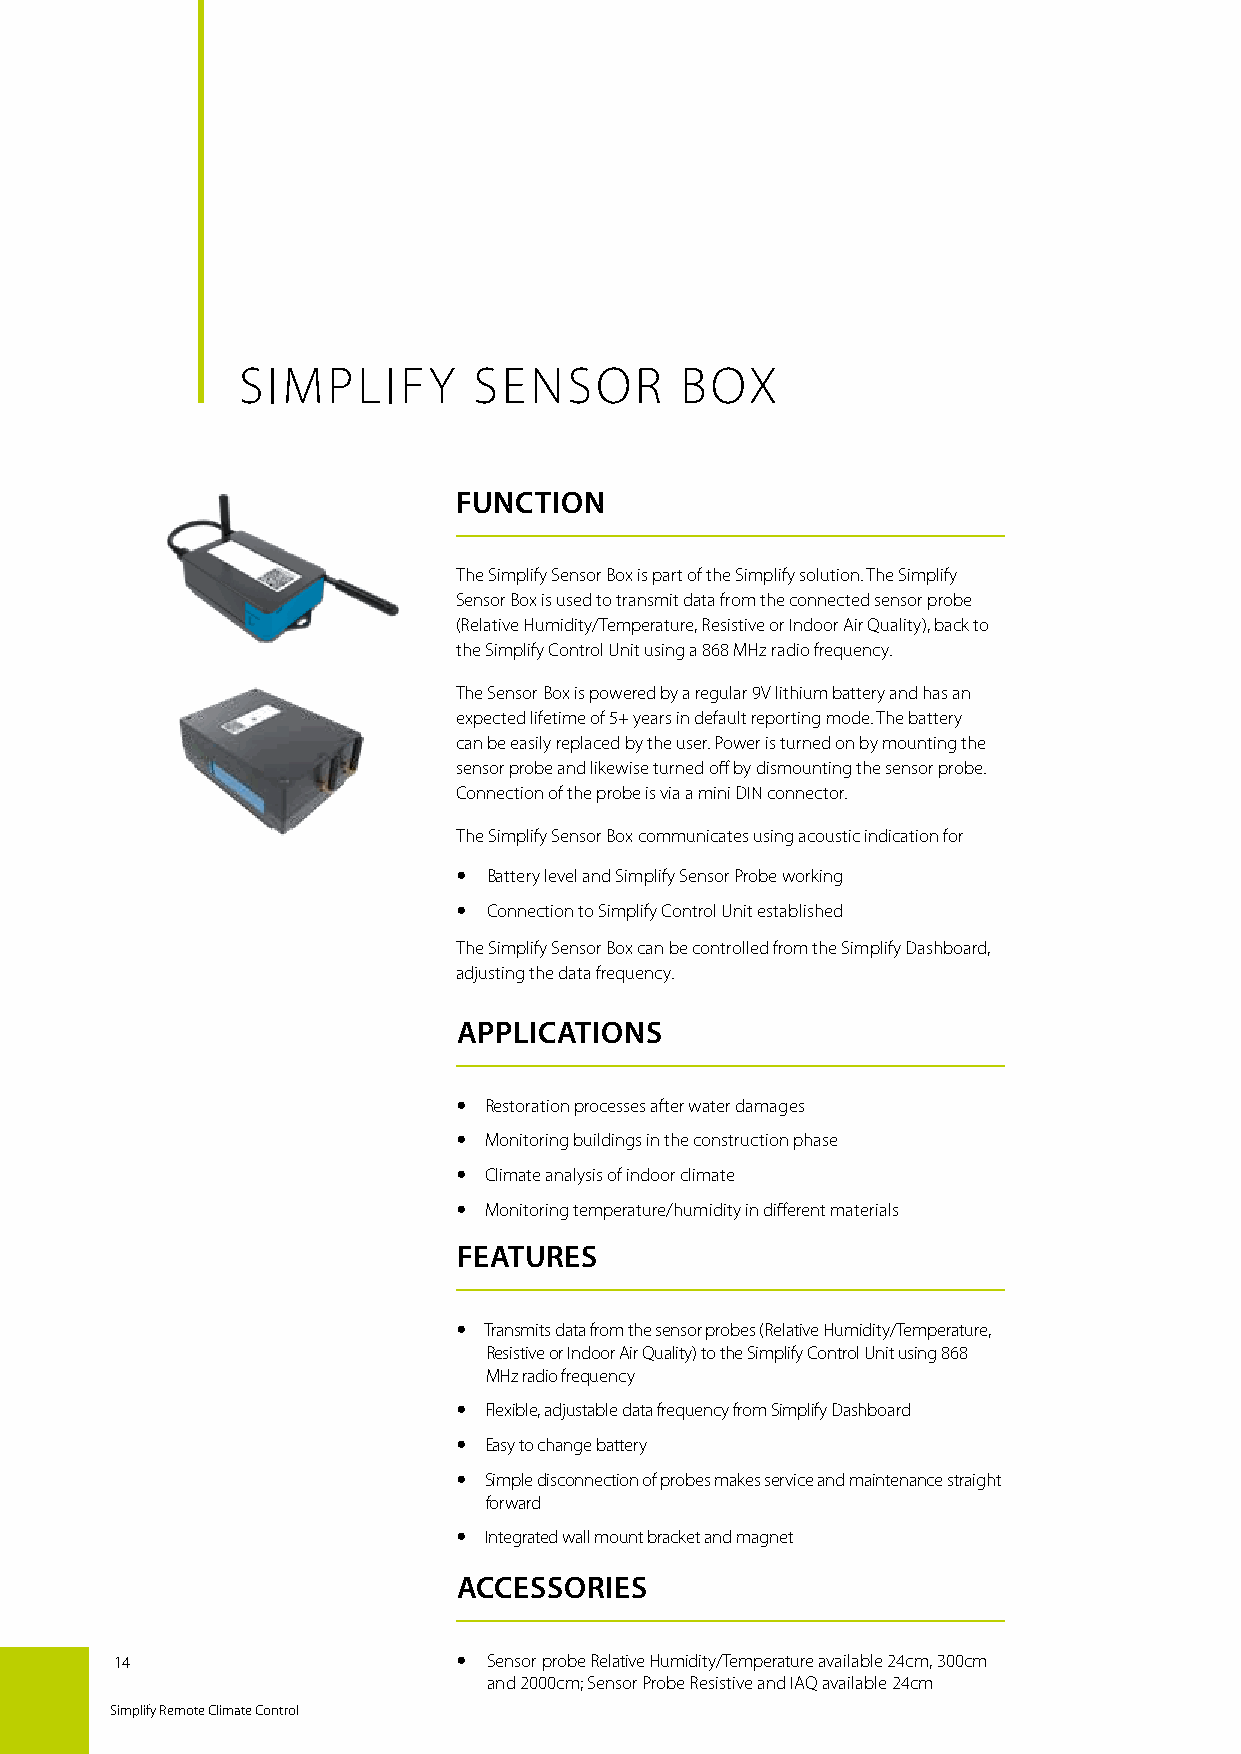
SIMPLIFY       SENSOR        BOX
 FUNCTION
 The Simplify Sensor Box is part of the Simplify solution. The Simplify
 Sensor Box is used to transmit data from the connected sensor probe
 (Relative Humidity/Temperature, Resistive or Indoor Air Quality), back to
 the Simplify Control Unit using a 868 MHz radio frequency.
 The Sensor Box is powered by a regular 9V lithium battery and has an
 expected lifetime of 5+ years in default reporting mode. The battery
 can be easily replaced by the user. Power is turned on by mounting the
 sensor probe and likewise turned off by dismounting the sensor probe.
 Connection of the probe is via a mini DIN connector.
 The Simplify Sensor Box communicates using acoustic indication for
  Battery level and Simplify Sensor Probe working
  Connection to Simplify Control Unit established
 The Simplify Sensor Box can be controlled from the Simplify Dashboard,
 adjusting the data frequency.
 APPLICATIONS
  Restoration processes after water damages
  Monitoring buildings in the construction phase
  Climate analysis of indoor climate
  Monitoring temperature/humidity in different materials
 FEATURES
  Transmits data from the sensor probes (Relative Humidity/Temperature,
 Resistive or Indoor Air Quality) to the Simplify Control Unit using 868
 MHz radio frequency
  F lexible, adjustable data frequency from Simplify Dashboard
  E asy to change battery
  S imple disconnection of probes makes service and maintenance straight
 forward
  I ntegrated wall mount bracket and magnet
 ACCESSORIES
 14                     Sensor probe Relative Humidity/Temperature available 24cm, 300cm
 and 2000cm; Sensor Probe Resistive and IAQ available 24cm
 Simplify Remote Climate Control